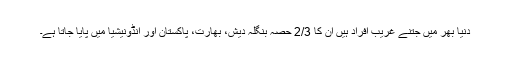
دنیا بھر میں جتنے غریب افراد ہیں ان کا 2/3 حصہ بنگلہ دیش، بھارت، پاکستان اور انڈونیشیا میں پایا جاتا ہے۔